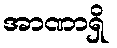
အာဏာရှိ